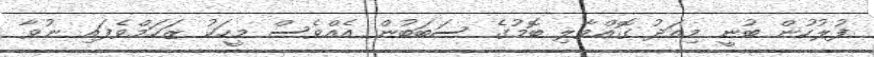
ފުލުުހުން ބުނީ މިއަދު ގޮއްވާލި ބޮމުގެ ސަބަބުން އެއްވެސް މީހަކު ޒަހަމްވެފައި ނުވާ